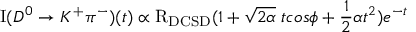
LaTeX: \mathrm { I } ( D ^ { 0 } \to K ^ { + } \pi ^ { - } ) ( t ) \propto \mathrm { R } _ { \mathrm { D C S D } } ( 1 + \sqrt { 2 \alpha } \; t c o s \phi + \frac { 1 } { 2 } \alpha t ^ { 2 } ) e ^ { - t }